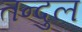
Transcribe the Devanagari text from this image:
तन्दुल